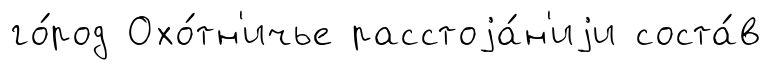
го́род Охо́тн'ичье расстоjа́н'иjи соста́в